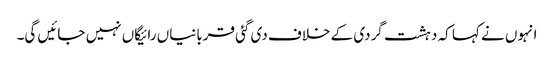
انہوں نے کہا کہ دہشت گردی کے خلاف دی گئی قربانیاں رائیگاں نہیں جائیں گی۔